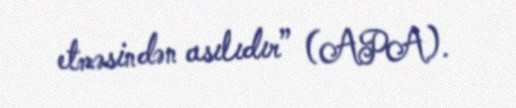
etməsindən asılıdır” (APA).